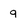
Character: 9